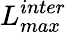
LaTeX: L_{max}^{inter}